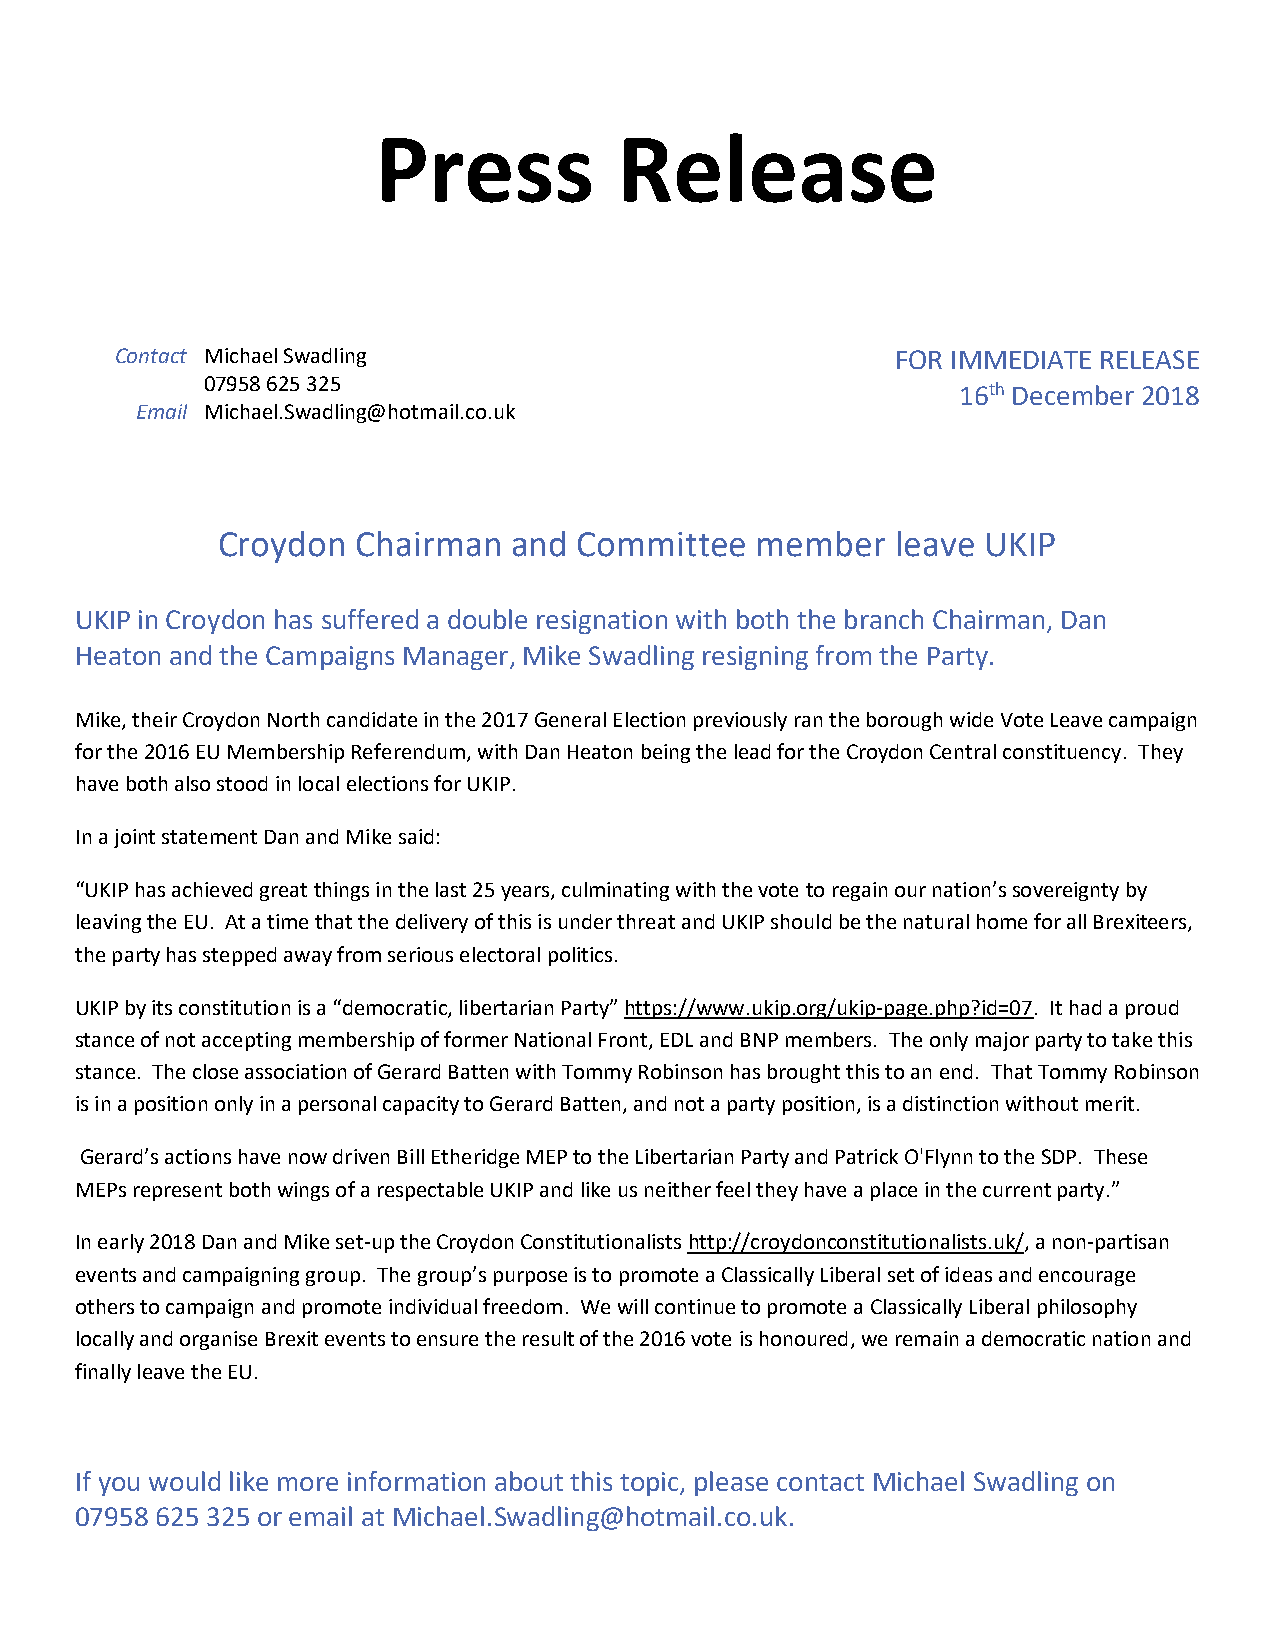
Press           Release
 Contact Michael Swadling                           FOR IMMEDIATE RELEASE
 07958 625 325
 16th December 2018
 Email Michael.Swadling@hotmail.co.uk
 Croydon   Chairman  and Committee   member   leave UKIP
 UKIP in Croydon has suffered a double resignation with both the branch Chairman, Dan
 Heaton and the Campaigns Manager, Mike Swadling resigning from the Party.
 Mike, their Croydon North candidate in the 2017 General Election previously ran the borough wide Vote Leave campaign
 for the 2016 EU Membership Referendum, with Dan Heaton being the lead for the Croydon Central constituency. They
 have both also stood in local elections for UKIP.
 In a joint statement Dan and Mike said:
 “UKIP has achieved great things in the last 25 years, culminating with the vote to regain our nation’s sovereignty by
 leaving the EU. At a time that the delivery of this is under threat and UKIP should be the natural home for all Brexiteers,
 the party has stepped away from serious electoral politics.
 UKIP by its constitution is a “democratic, libertarian Party” https://www.ukip.org/ukip-page.php?id=07. It had a proud
 stance of not accepting membership of former National Front, EDL and BNP members. The only major party to take this
 stance. The close association of Gerard Batten with Tommy Robinson has brought this to an end. That Tommy Robinson
 is in a position only in a personal capacity to Gerard Batten, and not a party position, is a distinction without merit.
 Gerard’s actions have now driven Bill Etheridge MEP to the Libertarian Party and Patrick O'Flynn to the SDP. These
 MEPs represent both wings of a respectable UKIP and like us neither feel they have a place in the current party.”
 In early 2018 Dan and Mike set-up the Croydon Constitutionalists http://croydonconstitutionalists.uk/, a non-partisan
 events and campaigning group. The group’s purpose is to promote a Classically Liberal set of ideas and encourage
 others to campaign and promote individual freedom. We will continue to promote a Classically Liberal philosophy
 locally and organise Brexit events to ensure the result of the 2016 vote is honoured, we remain a democratic nation and
 finally leave the EU.
 If you would like more information about this topic, please contact Michael Swadling on
 07958 625 325 or email at Michael.Swadling@hotmail.co.uk.